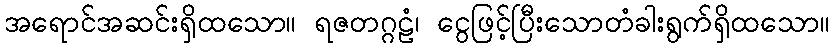
အရောင်အဆင်းရှိထသော။ ရဇတဂ္ဂဠံ၊ ငွေဖြင့်ပြီးသောတံခါးရွက်ရှိထသော။